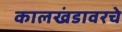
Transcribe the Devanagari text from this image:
कालखंडावरचे